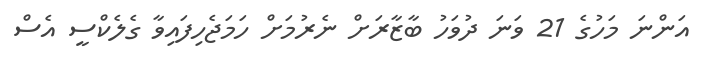
އަންނަ މަހުގެ 21 ވަނަ ދުވަހު ބާޒާރަށް ނެރުމަށް ހަމަޖެހިފައިވާ ގެލެކްސީ އެސް